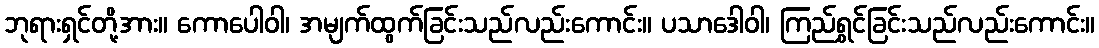
ဘုရားရှင်တို့အား။ ကောပေါဝါ၊ အမျက်ထွက်ခြင်းသည်လည်းကောင်း။ ပသာဒေါဝါ၊ ကြည်ရွှင်ခြင်းသည်လည်းကောင်း။